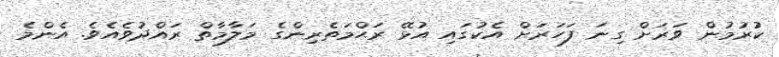
ކުރުމުން ވަރަށް ގިނަ ފަހަރަށް އެކުގައި އުޅޭ ރަޙްމަތެރިންގެ މަލާމާތް ރައްދުވެއެވެ. އެންމެ